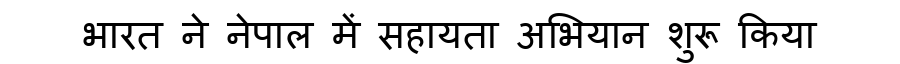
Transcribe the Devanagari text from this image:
भारत ने नेपाल में सहायता अभियान शुरू किया